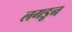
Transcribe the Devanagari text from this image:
लगडून